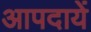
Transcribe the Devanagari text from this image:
आपदायें